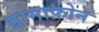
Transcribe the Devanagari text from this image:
ग्रामाफ़ोन